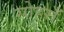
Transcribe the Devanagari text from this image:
सोहराँ